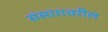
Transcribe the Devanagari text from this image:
संसारावरील